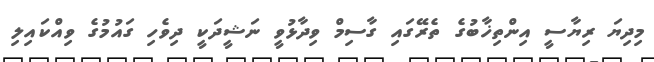
މިދިޔަ ރިޔާސީ އިންތިޚާބުގެ ތެރޭގައި ގާސިމް ވިދާޅުވީ ނަޝީދަކީ ދިވެހި ގައުމުގެ ވިއްކައިލި